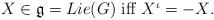
LaTeX: \begin{align*}\mbox{$X\in\mathfrak{g}=Lie(G)$ iff $X^{\iota}=-X$.}\end{align*}